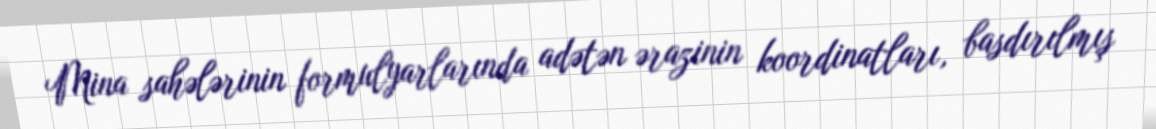
Mina sahələrinin formulyarlarında adətən ərazinin koordinatları, basdırılmış